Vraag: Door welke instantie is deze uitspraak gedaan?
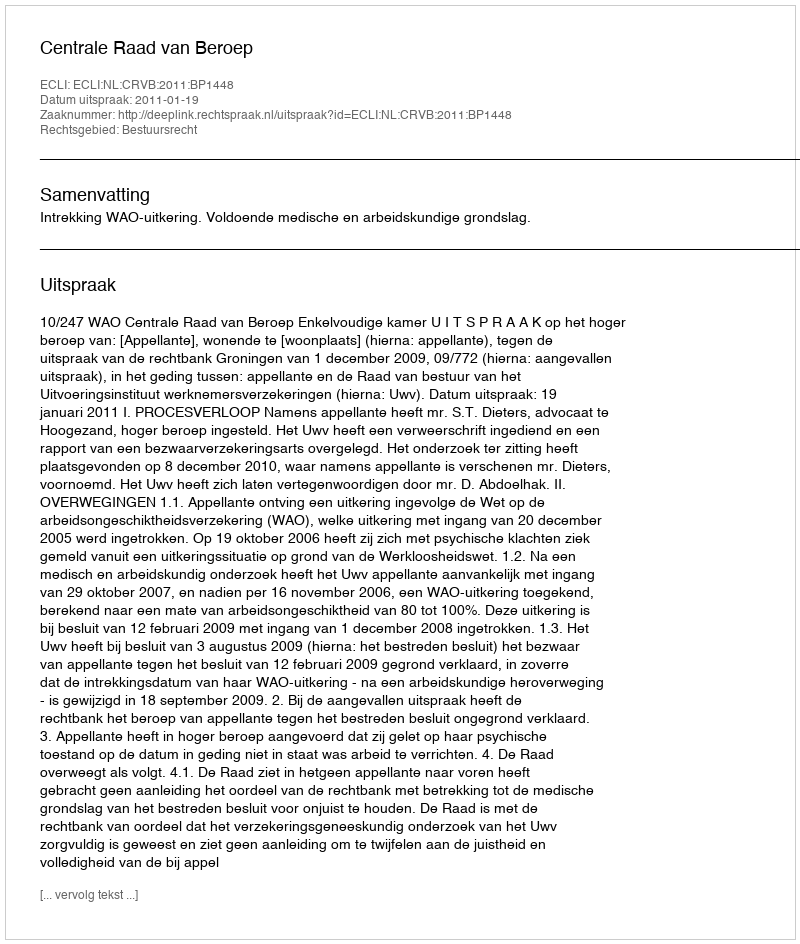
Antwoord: Centrale Raad van Beroep